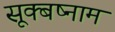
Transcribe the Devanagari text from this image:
सूक्बष्नाम